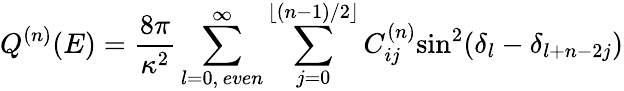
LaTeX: Q^{(n)}(E)=\frac{8\pi}{\kappa^{2}}\sum_{l=0,\, even}^{\infty}\sum_{j=0}^{\lfloor(n-1)/2\rfloor}C_{ij}^{(n)}\mathrm{sin}^{2}(\delta_{l}-\delta_{l+n-2j})